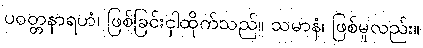
ပဝတ္တနာရဟံ၊ ဖြစ်ခြင်းငှါထိုက်သည်။ သမာနံ၊ ဖြစ်မူလည်း။